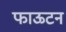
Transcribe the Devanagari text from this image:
फाऊटन